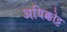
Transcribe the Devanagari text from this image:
अयिक्कोट्ट